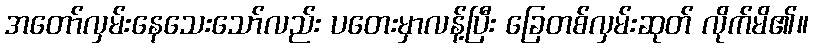
အတော်လှမ်းနေသေးသော်လည်း ပတေးမှာလန့်ပြီး ခြေတစ်လှမ်းဆုတ် လိုက်မိ၏။